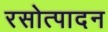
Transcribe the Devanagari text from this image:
रसोत्पादन